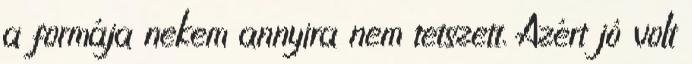
a formája nekem annyira nem tetszett. Azért jó volt